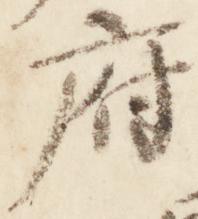
府